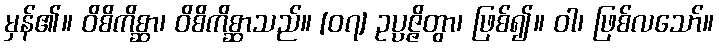
မှန်၏။ ဝိစိကိစ္ဆာ၊ ဝိစိကိစ္ဆာသည်။ [၀၇] ဥပ္ပဇ္ဇိတွာ၊ ဖြစ်၍။ ဝါ၊ ဖြစ်လသော်။